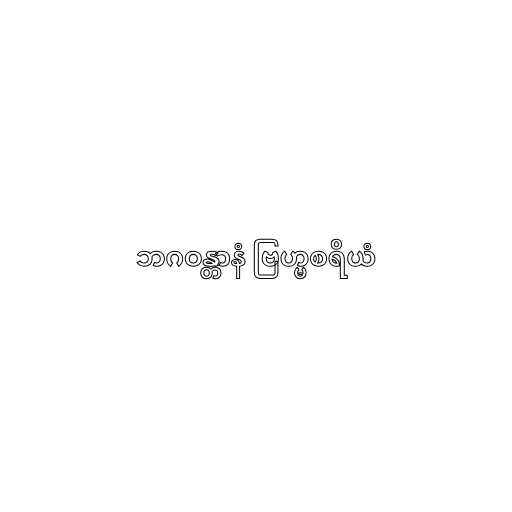
ဘဂဝန္တာနံ ဗြဟ္မစရိယံ